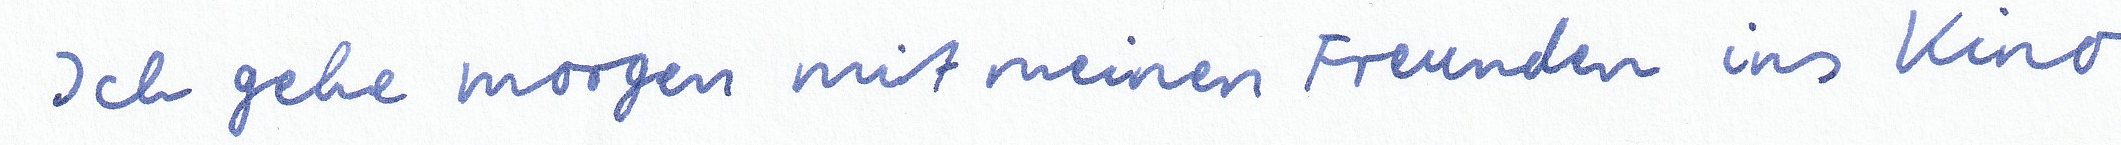
Ich gehe morgen mit meinen Freunden ins Kino